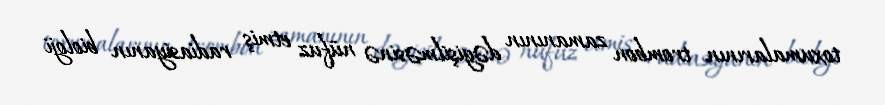
toxumalarının trombon zamanının dəyişilməsinə nüfuz etmiş radiasiyanın bioloji